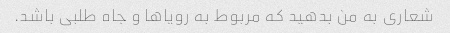
شعاری به من بدهید که مربوط به رویاها و جاه طلبی باشد.